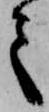
之